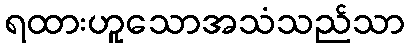
ရထားဟူသောအသံသည်သာ